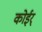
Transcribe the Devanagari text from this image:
कोईर्